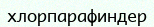
хлорпарафиндер